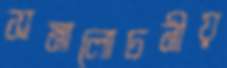
সমালোচনীয়